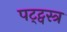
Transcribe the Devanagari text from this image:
पट्ट्वस्त्र